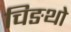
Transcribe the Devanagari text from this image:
चिङथो